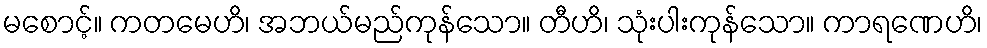
မစောင့်။ ကတမေဟိ၊ အဘယ်မည်ကုန်သော။ တီဟိ၊ သုံးပါးကုန်သော။ ကာရဏေဟိ၊